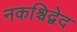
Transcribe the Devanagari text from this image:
नकश्चिद्वेद